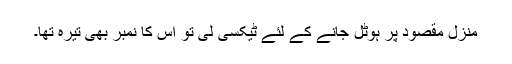
منزل مقصود پر ہوٹل جانے کے لئے ٹیکسی لی تو اس کا نمبر بھی تیرہ تھا۔